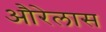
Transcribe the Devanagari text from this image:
औरेलास